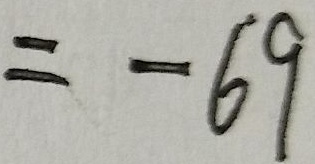
= - 6 9